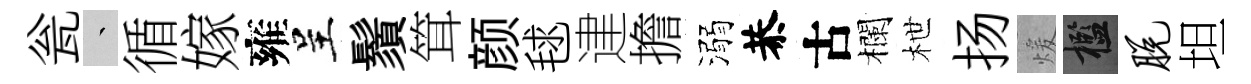
瓮叢循嫁雍呈鬚䇯颜毬䢖擔溺恭古欄枻扬煖檻脱坦